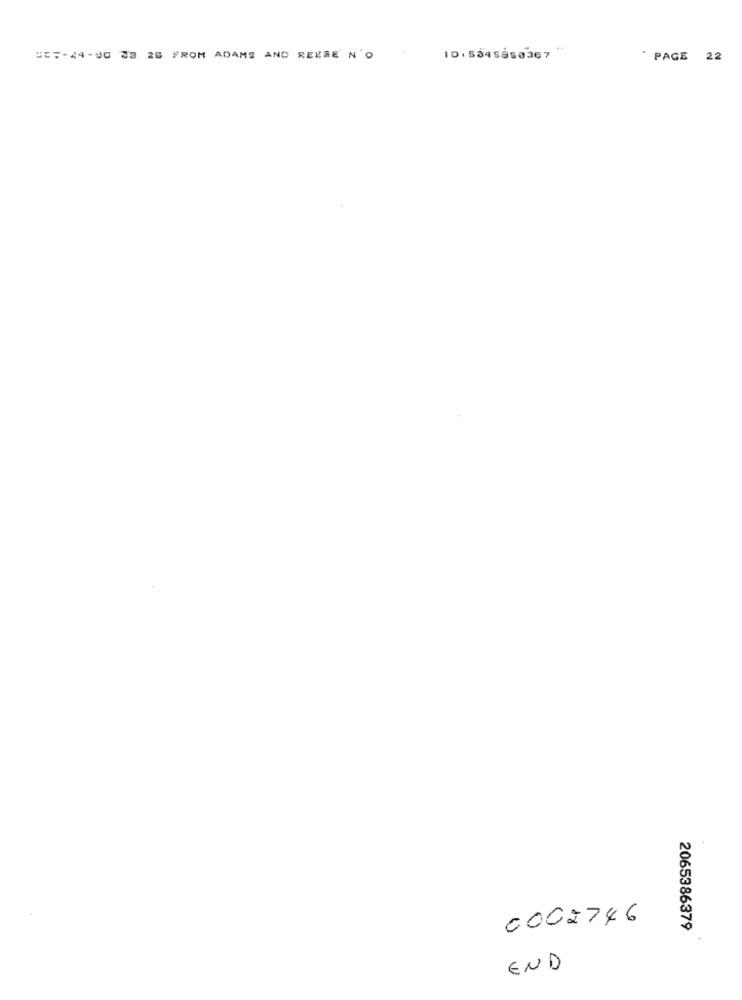
ID. 5845850367 "
535-44-UC 38 26 FROM ADAMS AND REESE N'O
" PAGE 22
0002746
2065386379
END